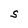
Character: S